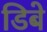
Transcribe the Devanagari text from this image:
डिबे